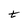
Character: t